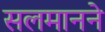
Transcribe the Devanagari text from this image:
सलमानने